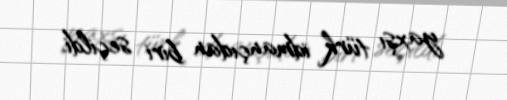
yaxşı türk idmançıdan biri seçildi.